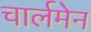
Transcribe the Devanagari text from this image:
चार्लमेन